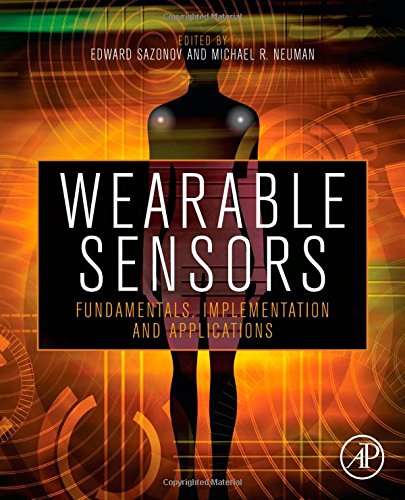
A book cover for Wearable Sensors: Fundamentals, Implementation and Applications; Science & Math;